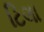
ટિલા